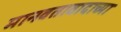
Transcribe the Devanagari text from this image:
मानवतावादाच्या